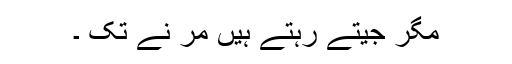
مگر جیتے رہتے ہیں مر نے تک ۔